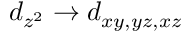
d _ { z ^ { 2 } } \rightarrow d _ { x y , y z , x z }